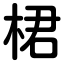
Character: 桾